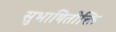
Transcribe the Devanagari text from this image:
सुभाषितोक्ति